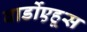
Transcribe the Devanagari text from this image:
वार्डोएहूस